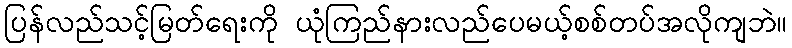
ပြန်လည်သင့်မြတ်ရေးကို ယုံကြည်နားလည်ပေမယ့်စစ်တပ်အလိုကျဘဲ။